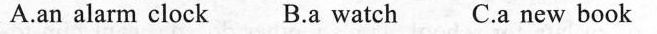
A.an alarm clock B.a watch C.a new book